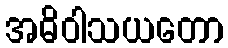
အဓိဝါသယတော